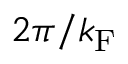
2 \pi / k _ { \mathrm { F } }